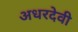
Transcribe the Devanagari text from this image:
अधरदेवी